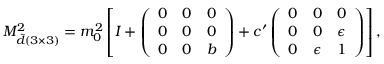
M _ { \tilde { d } ( 3 \times 3 ) } ^ { 2 } = m _ { 0 } ^ { 2 } \left[ I + \left( \begin{array} { l l l } { { 0 } } & { { 0 } } & { { 0 } } \\ { { 0 } } & { { 0 } } & { { 0 } } \\ { { 0 } } & { { 0 } } & { { b } } \end{array} \right) + c ^ { \prime } \left( \begin{array} { l l l } { { 0 } } & { { 0 } } & { { 0 } } \\ { { 0 } } & { { 0 } } & { { \epsilon } } \\ { { 0 } } & { { \epsilon } } & { { 1 } } \end{array} \right) \right] ,